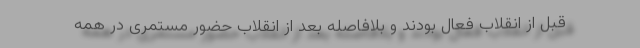
قبل از انقلاب فعال بودند و بلافاصله بعد از انقلاب حضور مستمری در همه